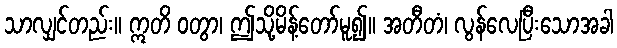
သာလျှင်တည်း။ ဣတိ ဝတွာ၊ ဤသို့မိန့်တော်မူ၍။ အတီတံ၊ လွန်လေပြီးသောအခါ